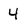
Character: 4